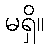
မရှိ။